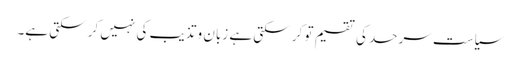
سیاست سرحد کی تقسیم تو کر سکتی ہے زبان و تذیب کی نہیں کر سکتی ہے۔